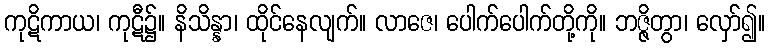
ကုဋိကာယ၊ ကုဋီ၌။ နိသိန္နာ၊ ထိုင်နေလျက်။ လာဇေ၊ ပေါက်ပေါက်တို့ကို။ ဘဇ္ဇိတွာ၊ လှော်၍။